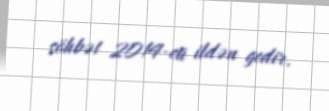
söhbət 2014-cü ildən gedir.